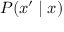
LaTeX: P ( x ^ { \prime } \mid x )